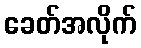
ခေတ်အလိုက်